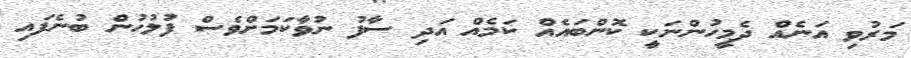
މަރުވި އަނެއް ދެމީހުންނަކީ ކޮންބައެއް ކަމެއް އަދި ސާފު ނުވާކަމަށްވެސް ފުލުހުން ބުނެފައި